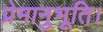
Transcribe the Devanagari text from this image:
प्रेमानुभूति।